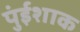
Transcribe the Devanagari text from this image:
पुंईशाक